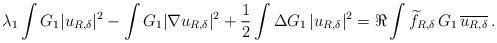
LaTeX: \begin{align*} \lambda_1 \int G_1 |u_{R,\delta}|^2 -\int G_1 |\nabla u_{R,\delta}|^2 +\frac12 \int \Delta G_1 \, |u_{R,\delta}|^2 = \Re\int \widetilde f_{R,\delta} \, G_1 \, \overline{u_{R,\delta}} \,. \end{align*}